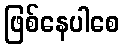
ဖြစ်နေပါစေ